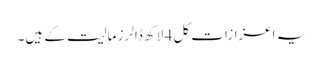
یہ اعزازات کل 4 لاکھ ڈالرز مالیت کے ہیں۔